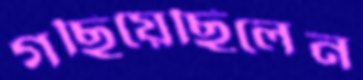
গছিয়েছিলেন